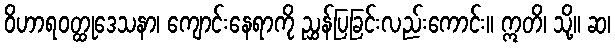
ဝိဟာရဝတ္ထုဒေသနာ၊ ကျောင်းနေရာကို ညွှန်ပြခြင်းလည်းကောင်း။ ဣတိ၊ သို့။ ဆ၊